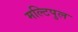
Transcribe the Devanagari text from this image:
मल्टिपुल